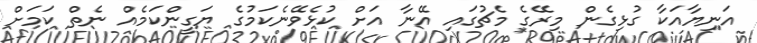
އަނިޔާއަކާ ގުޅިގެން މިރޭގެ މެޗުގައި އޭނާ އަށް ކުޅެވޭނެކަމުގެ ޔަގީންކަމެއް ނެތް ކަމަށް